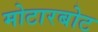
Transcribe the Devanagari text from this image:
मोटारबोट